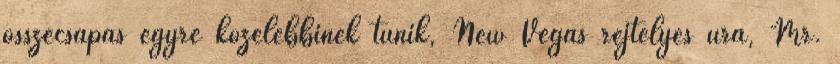
összecsapás egyre közelebbinek tűnik, New Vegas rejtélyes ura, Mr.